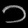
Digit: ၁